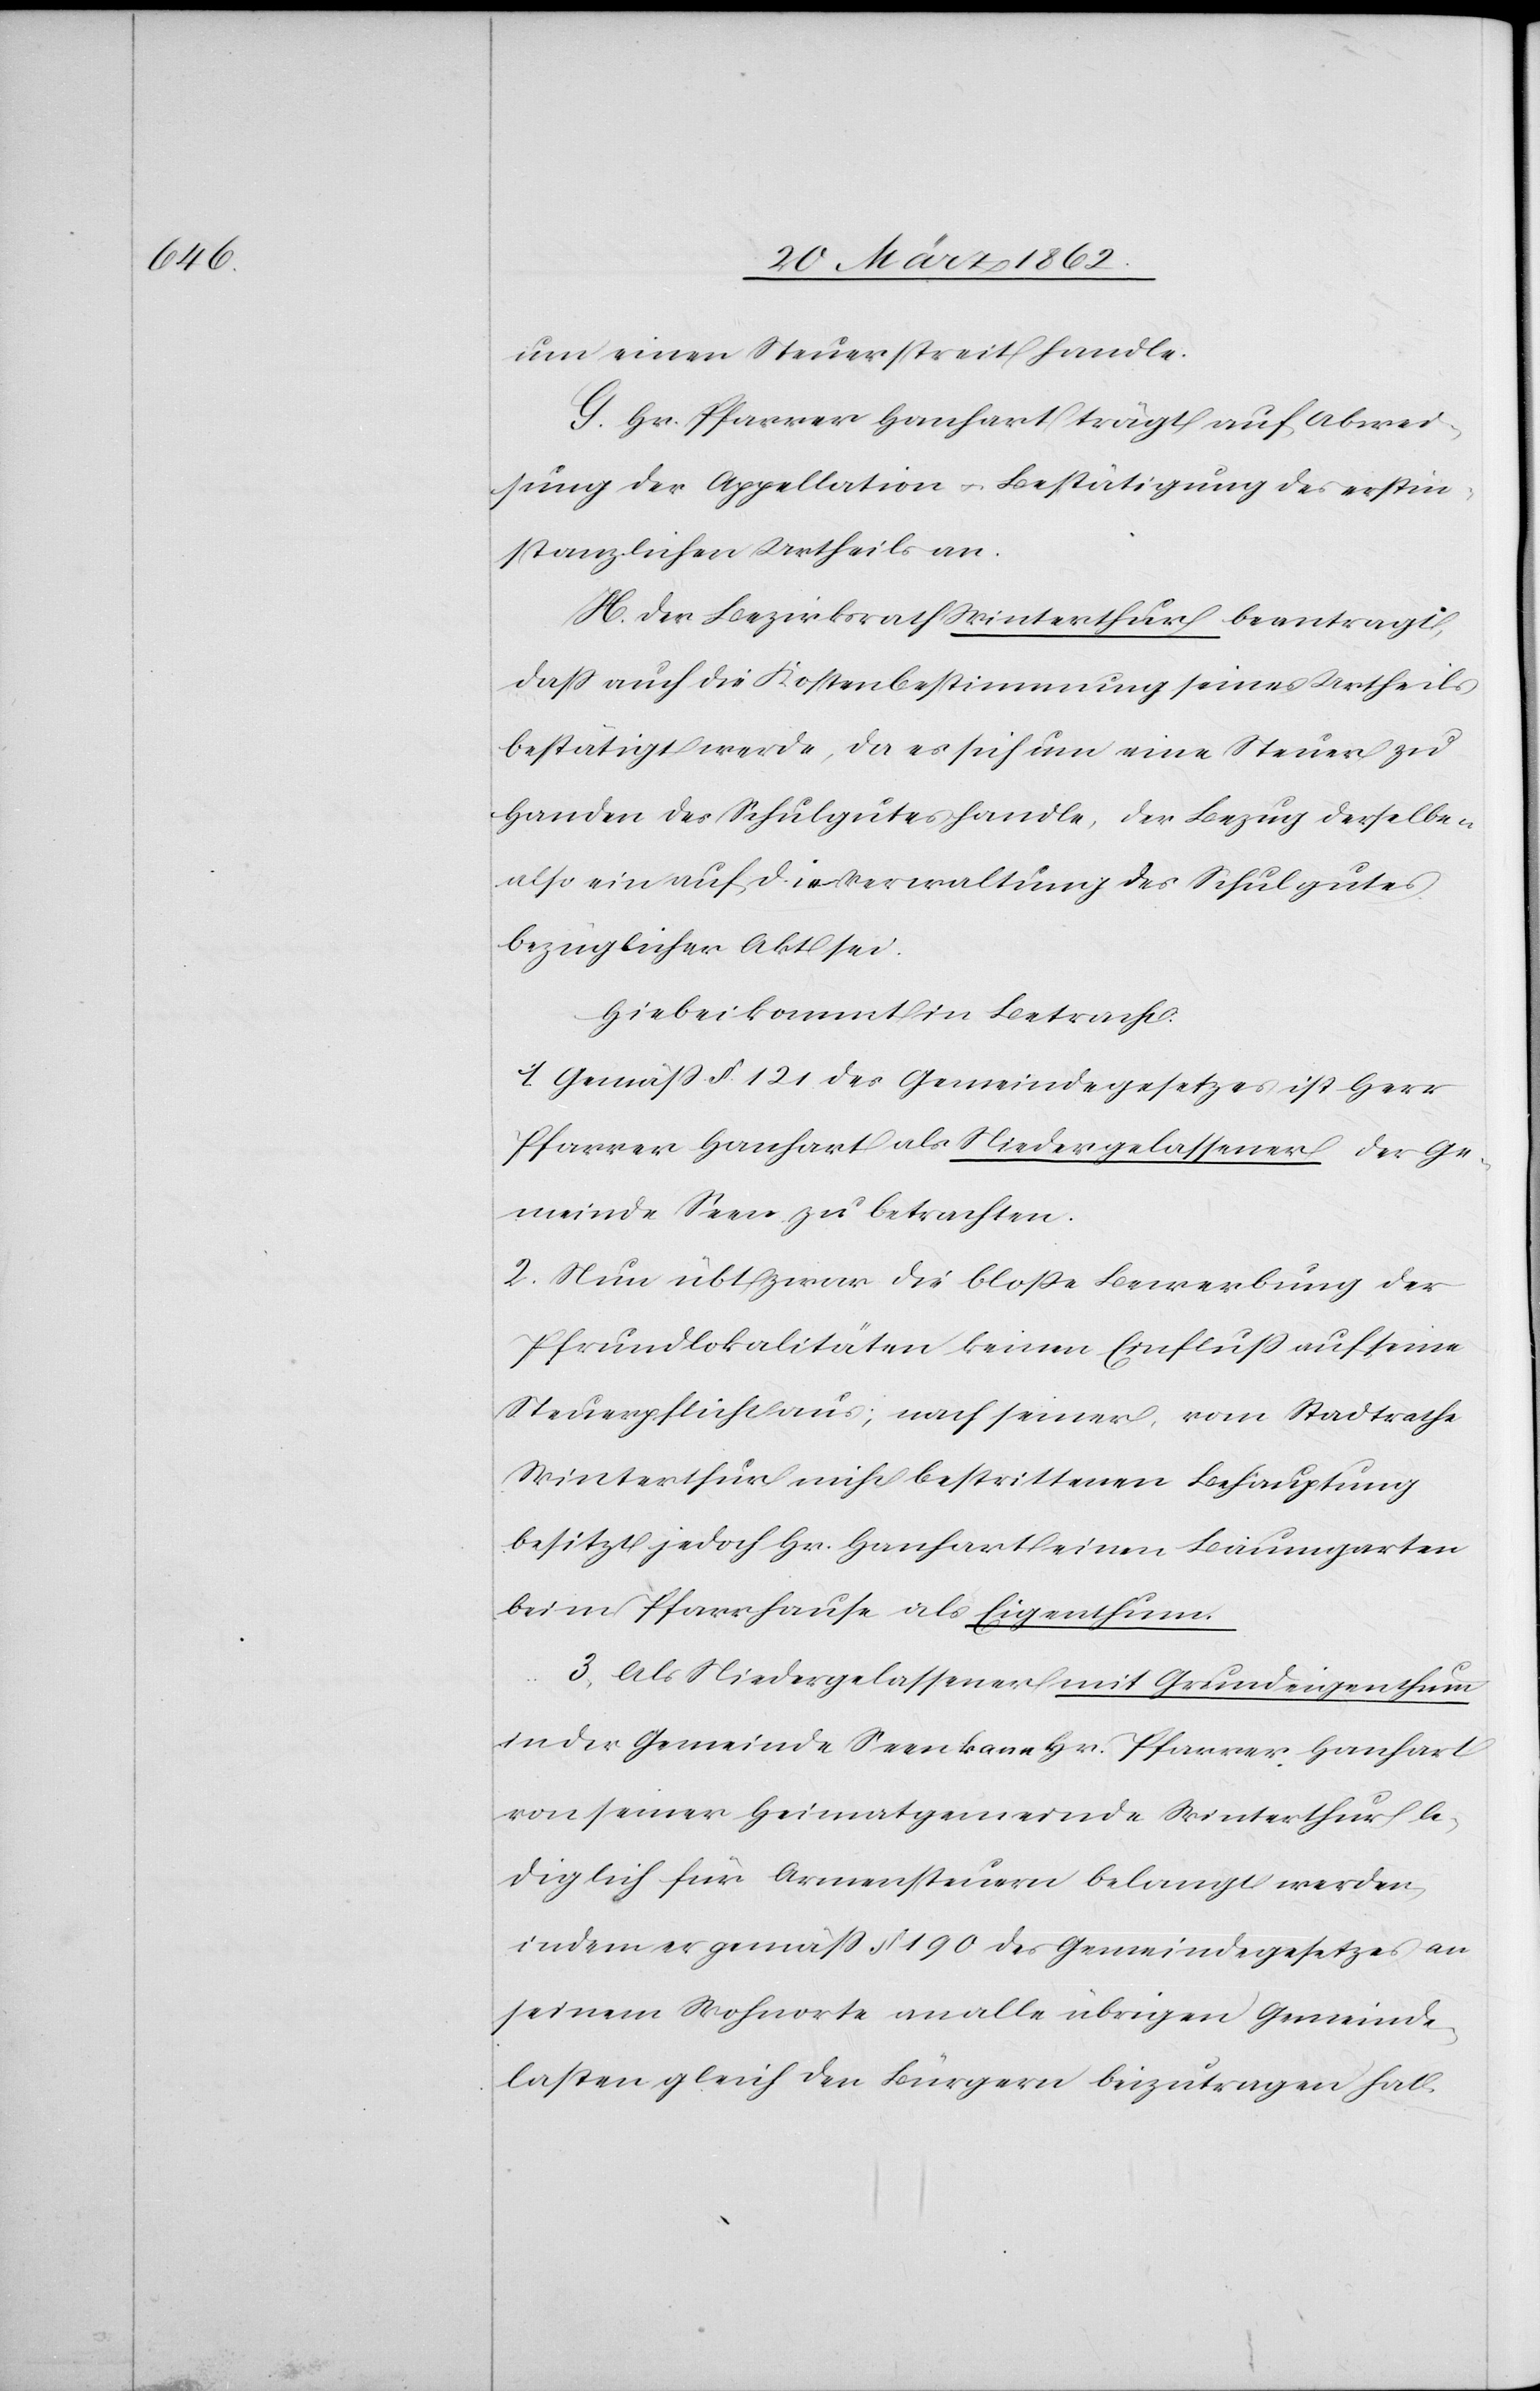
um einen Steuerstreit handle.
G. Hr. Pfarrer Hanhart trägt auf Abwei¬
sung der Appellation u. Bestätigung des erstin¬
stanzlichen Urtheils an.
H. Der Bezirksrath Winterthur beantragt,
daß auch die Kostenbestimmung seines Urtheils
bestätigt werde, da es sich um eine Steuer zu
Handen des Schulgutes handle, der Bezug derselben
also ein auf die Verwaltung des Schulgutes
bezüglicher Akt sei.
Hiebei kommt in Betracht:
1. Gemäß §. 121 des Gemeindegesetzes ist Herr
Pfarrer Hanhart als Niedergelassener der Ge¬
meinde Seen zu betrachten.
2. Nun übt zwar die bloße Bewerbung der
Pfrundlokalitäten keinen Einfluß auf seine
Steuerpflicht aus; nach seiner, vom Stadtrathe
Winterthur nicht bestrittenen Behauptung
besitze jedoch Hr. Hanhart einen Baumgarten
beim Pfarrhause als Eigenthum.
3. Als Niedergelassener mit Grundeigenthum
in der Gemeinde Seen kann Hr. Pfarrer Hanhart
von seiner Heimatgemeinde Winterthur le¬
diglich für Armensteuern belangt werden,
indem er gemäß § 190 des Gemeindegesetzes an
seinem Wohnorte an alle übrigen Gemeinde¬
lasten gleich den Bürgern beizutragen hat.